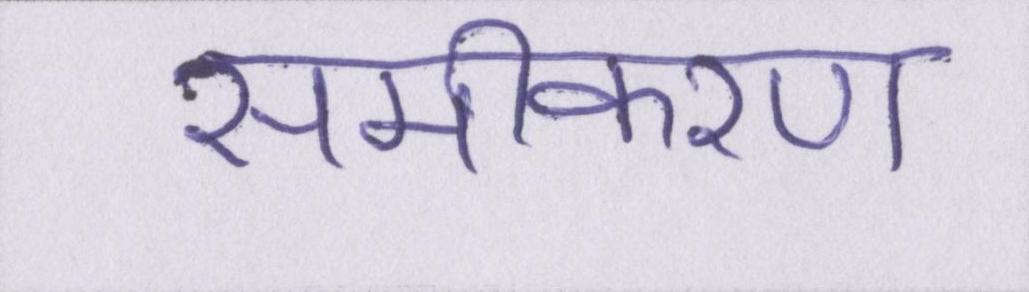
समीकरण